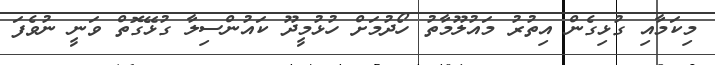
މިކަމާއި ގުޅިގެން އިތުރު މައުލޫމާތު ހޯދުމަށް ހުޅުމީދޫ ކައުންސިލާ ގުޅޭގޮތް ވަނީ ނުވެފަ